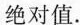
绝对值.